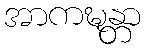
အာကဍ္ဎန္တာ